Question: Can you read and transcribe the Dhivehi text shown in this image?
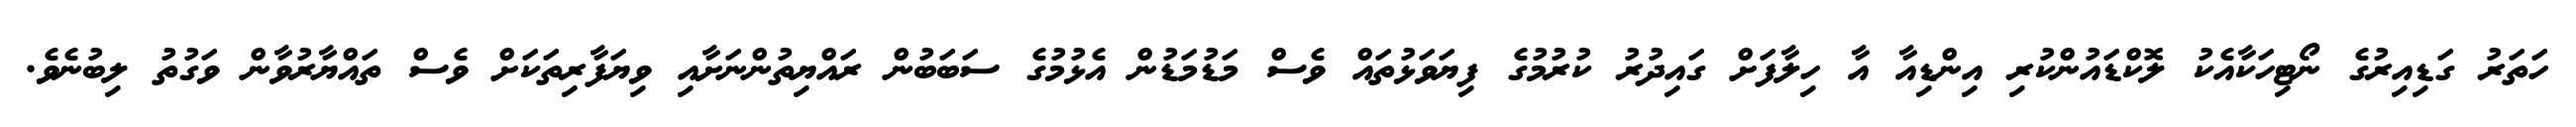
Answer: ހަތަރު ގަޑިއިރުގެ ނޯޓިހަކާއެކު ލޮކްޑައުންކުރި އިންޑިއާ އާ ހިލާފަށް ގައިދުރު ކުރުމުގެ ފިޔަވަޅުތައް ވެސް މަޑުމަޑުން އެޅުމުގެ ސަބަބުން ރައްޔިތުންނަށާއި ވިޔަފާރިތަކަށް ވެސް ތައްޔާރުވާން ވަގުތު ލިބުނެވެ.